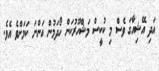
އަދި އޭޝިއާގަ ވެސް މި ކުކީސް މަޝްހޫރުކަން ހޯދަމުން އަންނަ ކަމަށްވެ އެވެ.